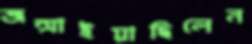
জন্মাইয়াছিলেন